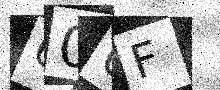
Text: 60UF